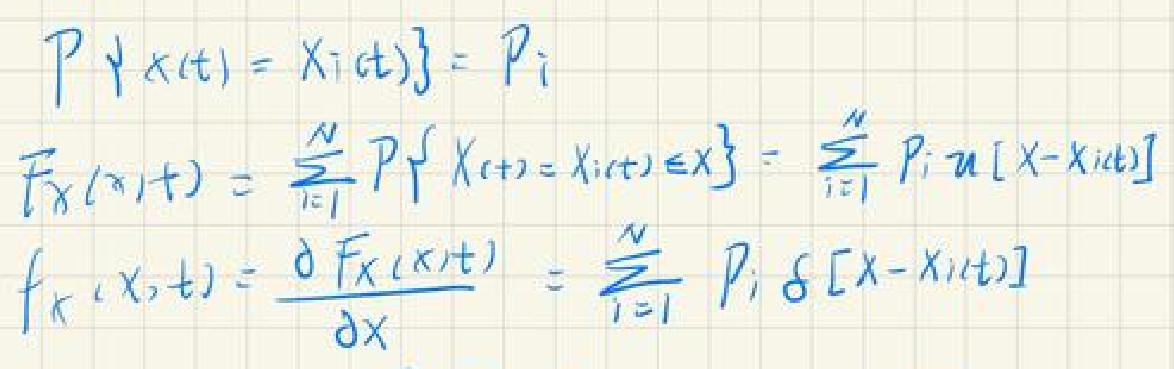
\begin{align*}
P\{X(t)=X_i(t)\}&=P_i\\
F_X(x,t)&=\sum_{i = 1}^{N}P\{X(t)=X_i(t)\in x\}=\sum_{i = 1}^{N}P_i u[x - X_i(t)]\\
f_X(x,t)&=\frac{\partial F_X(x,t)}{\partial x}=\sum_{i = 1}^{N}P_i\delta[x - X_i(t)]
\end{align*}